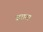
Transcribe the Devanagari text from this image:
सराटा